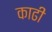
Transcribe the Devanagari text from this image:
काढी